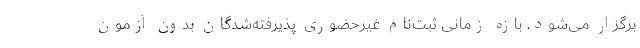
برگزار می‌شود. بازه زمانی ثبت‌نام غیرحضوری پذیرفته‌شدگان بدون آزمون